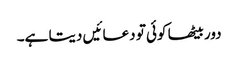
دور بیٹھا کوئی تو دعائیں دیتا ہے۔